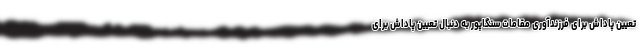
تعیین پاداش برای فرزندآوری مقامات سنگاپور به دنبال تعیین پاداش برای